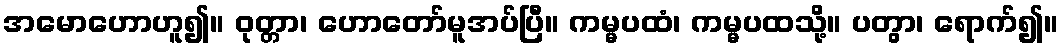
အမောဟောဟူ၍။ ဝုတ္တာ၊ ဟောတော်မူအပ်ပြီ။ ကမ္မပထံ၊ ကမ္မပထသို့။ ပတွာ၊ ရောက်၍။